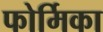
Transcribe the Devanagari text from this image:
फोर्मिका